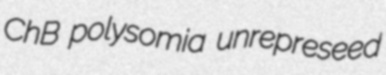
ChB polysomia unrepreseed